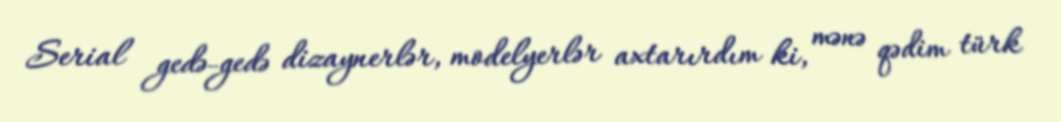
Serial gedə-gedə dizaynerlər, modelyerlər axtarırdım ki, mənə qədim türk